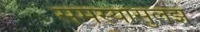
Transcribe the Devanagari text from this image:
समस्यासुलझ